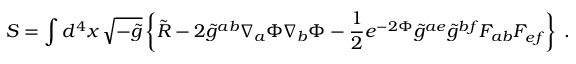
S = \int d ^ { 4 } x \, \sqrt { - \tilde { g } } \left\{ \tilde { R } - 2 \tilde { g } ^ { a b } \nabla _ { a } \Phi \nabla _ { b } \Phi - { \frac { 1 } { 2 } } e ^ { - 2 \Phi } \tilde { g } ^ { a e } \tilde { g } ^ { b f } F _ { a b } F _ { e f } \right\} \; .